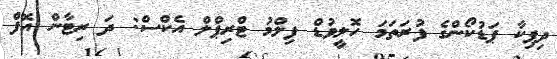
ދިޕިކާ ޕަޑުކޯންގެ ފުރަތަމަ ހޮލީވުޑް ފިލްމު ޓްރިޕްލް އެކްސް: ދަ ރިޓާން އޮފް